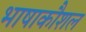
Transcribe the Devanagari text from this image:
भाषाकौशल